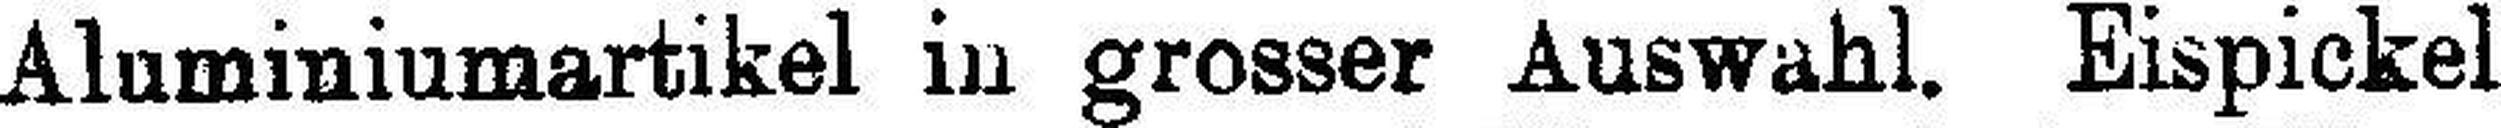
Aluminiumartikel in grosser Auswahl. Eispickel